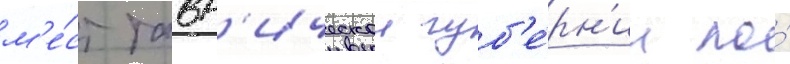
м'е́ст тавр'ическои губ'е́рн'ии по́